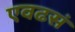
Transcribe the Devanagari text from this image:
एवढसं